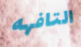
التافهه